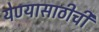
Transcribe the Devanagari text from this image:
येण्यासाठीची